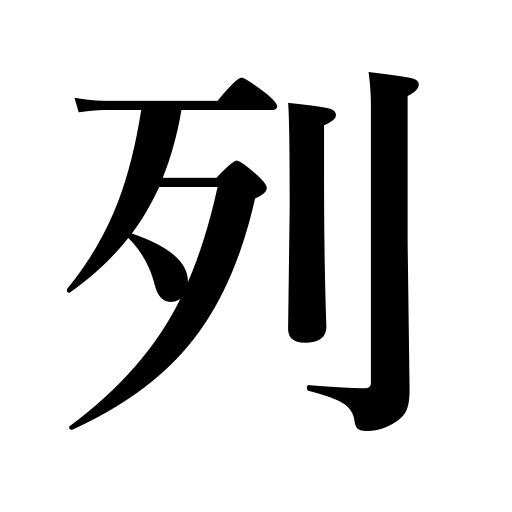
Meanings: file,procession,line,tier,queue,row,column,rank